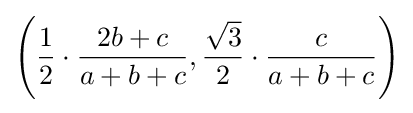
\left({\frac {1}{2}}\cdot {\frac {2b+c}{a+b+c}},{\frac {\sqrt {3}}{2}}\cdot {\frac {c}{a+b+c}}\right)